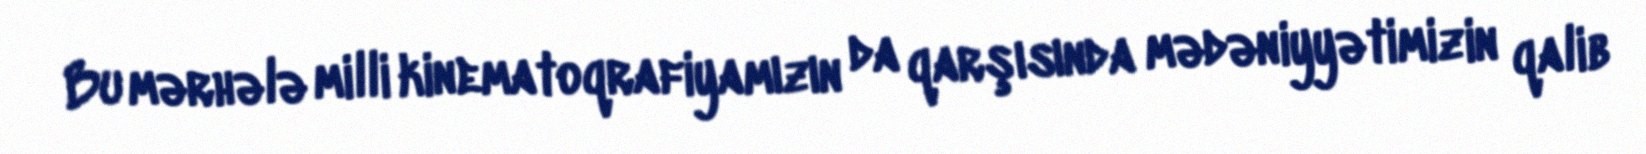
Bu mərhələ milli kinematoqrafiyamızın da qarşısında mədəniyyətimizin qalib